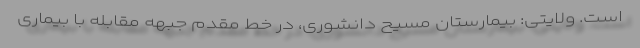
است. ولایتی: بیمارستان مسیح دانشوری، در خط مقدم جبهه مقابله با بیماری